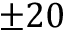
\pm 2 0